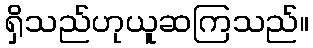
ရှိသည်ဟုယူဆကြသည်။